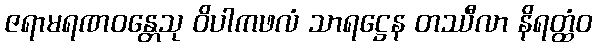
ဇရာမရဏဝန္တေသု ဝိပါကဖလံ သာရဋ္ဌေန တဿီလာ နိရတ္ထံဝ